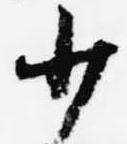
少